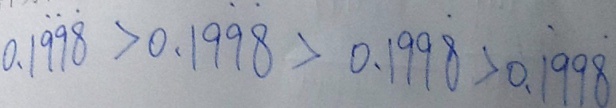
0 . 1 \dot { 9 } \dot { 9 } \dot { 8 } > 0 . 1 9 \dot { 9 } \dot { 8 } > 0 . 1 9 9 \dot { 8 } > 0 . 1 \dot { 9 } 9 \dot { 8 }